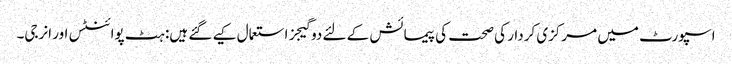
اسپورٹ میں مرکزی کردار کی صحت کی پیمائش کے لئے دو گیجز استعمال کیے گئے ہیں: ہٹ پوائنٹس اور انرجی۔